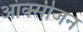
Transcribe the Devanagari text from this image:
आंक्सीजन